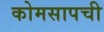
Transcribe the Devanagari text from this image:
कोमसापची